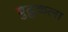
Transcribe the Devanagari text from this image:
बुद्रुकला